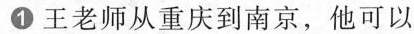
1王老师从重庆到南京，他可以